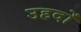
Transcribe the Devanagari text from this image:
उहदों